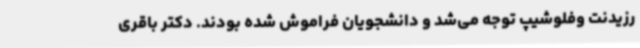
رزیدنت وفلوشیپ توجه می‌شد و دانشجویان فراموش شده بودند. دکتر باقری